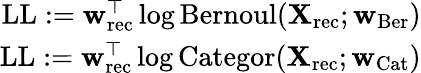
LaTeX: \begin{array}{r}{\mathrm{LL}:=\textbf{w}_{\mathrm{rec}}^{\top}\log\mathrm{Bernoul}(\textbf{X}_{\mathrm{rec}};\textbf{w}_{\mathrm{Ber}})}\\ {\mathrm{LL}:=\textbf{w}_{\mathrm{rec}}^{\top}\log\mathrm{Categor}(\textbf{X}_{\mathrm{rec}};\textbf{w}_{\mathrm{Cat}})}\end{array}